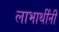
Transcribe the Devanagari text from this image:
लाभार्थींनी